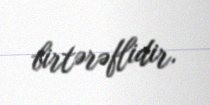
birtərəflidir.